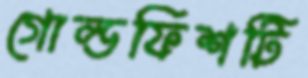
গোল্ডফিশটি